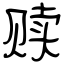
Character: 赎